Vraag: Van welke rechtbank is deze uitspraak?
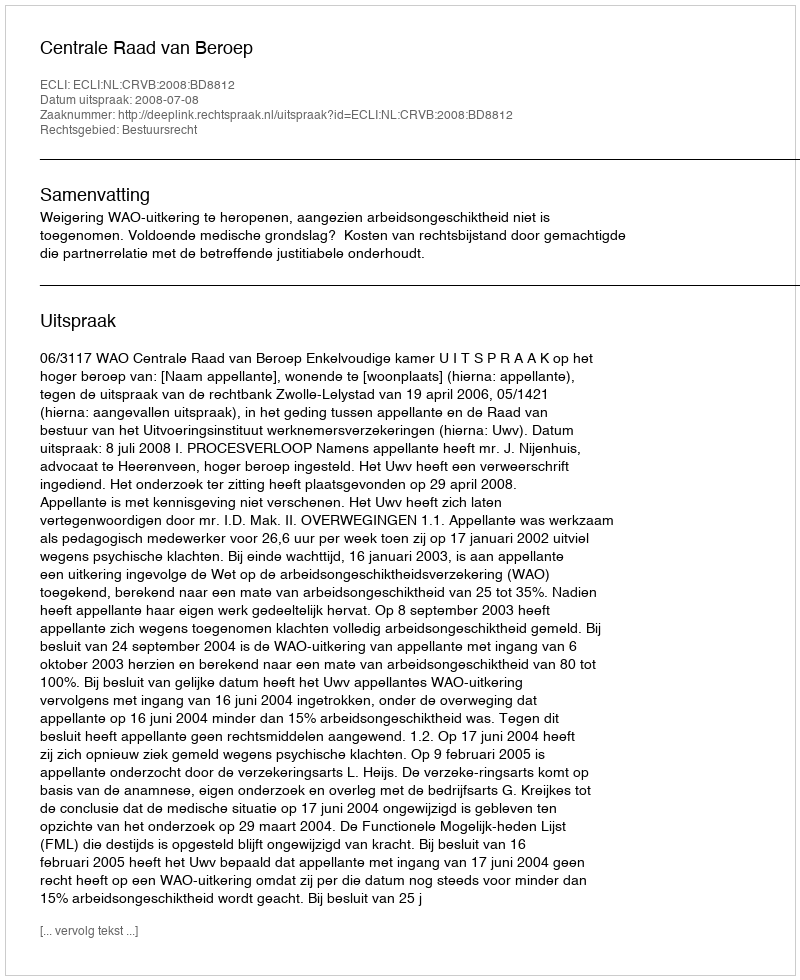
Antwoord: Centrale Raad van Beroep